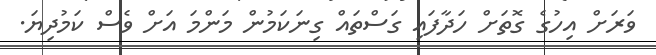
ވަރަށް އިހުގެ ގޮތަށް ހަދާފައި ގަސްތައް ގިނަކަމުން މަންމަ އަށް ވެސް ކަމުދިޔަ.